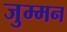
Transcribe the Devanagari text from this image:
जुम्मन